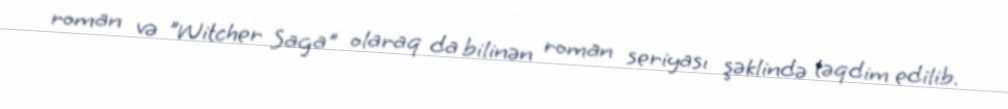
roman və "Witcher Saga" olaraq da bilinən roman seriyası şəklində təqdim edilib.